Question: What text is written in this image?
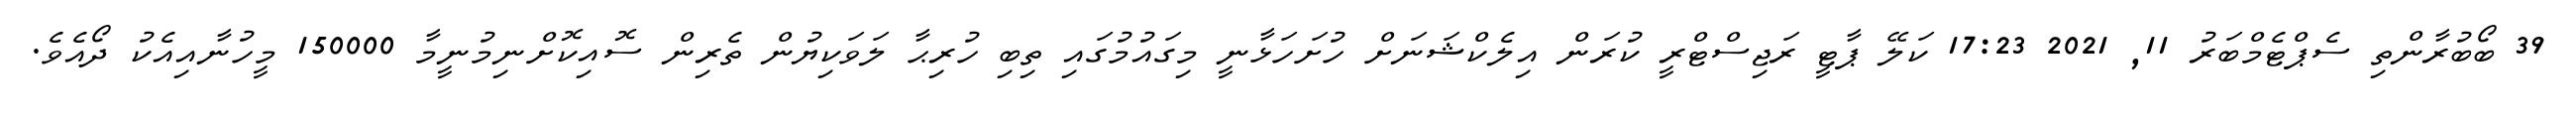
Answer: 39 ބޯބުރާންތި ސެޕްޓެމްބަރު 11, 2021 17:23 ކަލޭ ޕާޓީ ރަޖިސްޓްރީ ކުރަން އިލެކްޝަނަށް ހުށަހަޅާނީ މިގައުމުގައި ތިބި ހުރިޙާ ލަވަކިޔުން ތެރިން ސޮއިކޮށްނިމުނީމާ 150000 މީހުނާއިއެކު ދޯއެވެ.